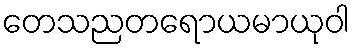
တေသညတရောယမာယုဝါ